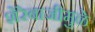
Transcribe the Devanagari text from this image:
शेरेबाजीमुळे